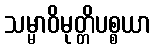
သမ္မာဝိမုတ္တိပစ္စယာ